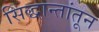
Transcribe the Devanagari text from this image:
सिद्धान्तांतून